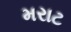
મરાટ